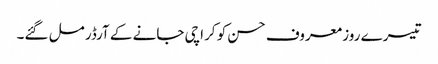
تیسرے روز معروف حسن کو کراچی جانے کے آرڈر مل گئے۔